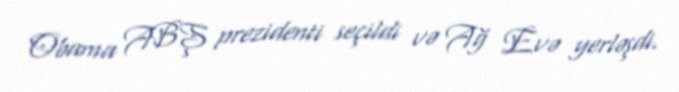
Obama ABŞ prezidenti seçildi və Ağ Evə yerləşdi.